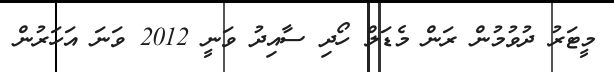
މީޓަރު ދުވުމުން ރަން މެޑަލް ހޯދި ސާއިދު ވަނީ 2012 ވަނަ އަހަރުން